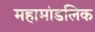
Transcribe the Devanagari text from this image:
महामांडलिक